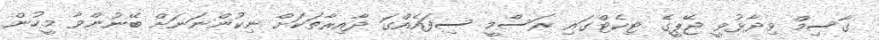
ގާސިމް ވިދާޅުވީ ޖޭޕީގެ ޓިކެޓްގައި ރަސްމީ ސިފައެއްގަ ދާއިރާތަކަށް ނިކުންނަނަށް ބޭނުންވާ މީހުން